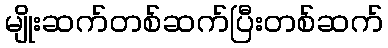
မျိုးဆက်တစ်ဆက်ပြီးတစ်ဆက်